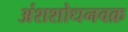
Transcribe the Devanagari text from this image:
अंशशोधनवक्र